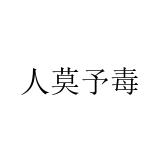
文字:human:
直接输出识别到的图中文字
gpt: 人莫予毒